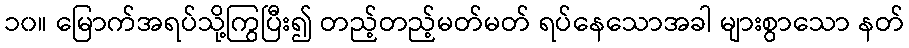
၁၀။ မြောက်အရပ်သို့ကြွပြီး၍ တည့်တည့်မတ်မတ် ရပ်နေသောအခါ များစွာသော နတ်